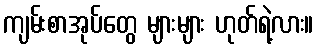
ကျမ်းစာအုပ်တွေ များများ ဟုတ်ရဲ့လား။